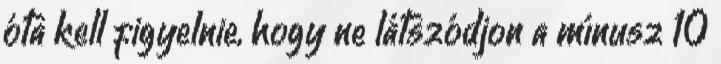
óta kell figyelnie, hogy ne látszódjon a mínusz 10